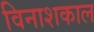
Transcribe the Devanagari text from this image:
विनाशकाल